Treatise on elephants
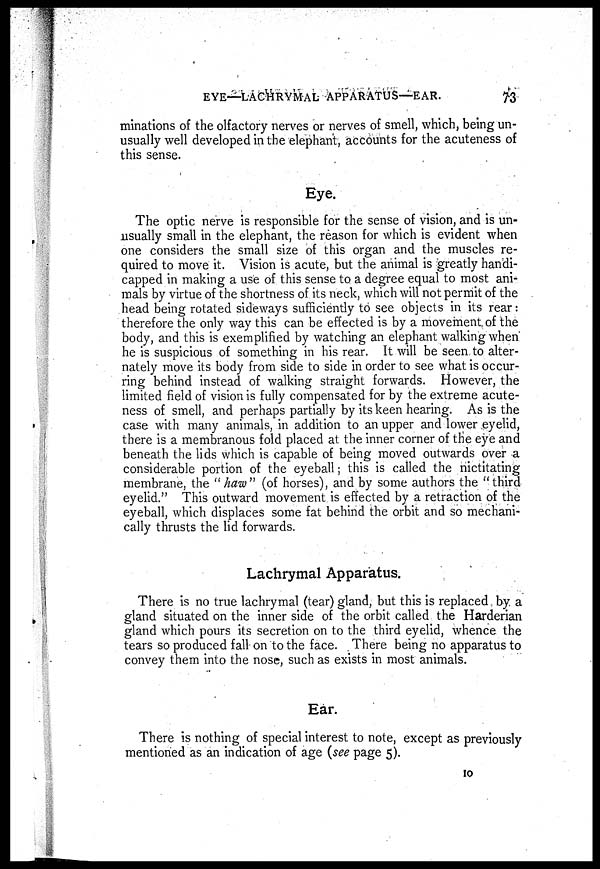
EYE—LACHRYMAL APPARATUS—EAR.
73
minations of the olfactory nerves or nerves of smell, which, being un-
usually well developed in the elephant, accounts for the acuteness of
this sense.
Eye.
The optic nerve is responsible for the sense of vision, and is un-
usually small in the elephant, the reason for which is evident when
one considers the small size of this organ and the muscles re-
quired to move it. Vision is acute, but the animal is greatly handi-
capped in making a use of this sense to a degree equal to most ani-
mals by virtue of the shortness of its neck, which will not permit of the
head being rotated sideways sufficiently to see objects in its rear:
therefore the only way this can be effected is by a movement of the
body, and this is exemplified by watching an elephant walking when
he is suspicious of something in his rear. It will be seen to alter-
nately move its body from side to side in order to see what is occur-
ring behind instead of walking straight forwards. However, the
limited field of vision is fully compensated for by the extreme acute-
ness of smell, and perhaps partially by its keen hearing. As is the
case with many animals, in addition to an upper and lower eyelid,
there is a membranous fold placed at the inner corner of the eye and
beneath the lids which is capable of being moved outwards over a
considerable portion of the eyeball; this is called the nictitating
membrane, the "haw" (of horses), and by some authors the "third
eyelid." This outward movement is effected by a retraction of the
eyeball, which displaces some fat behind the orbit and so mechani-
cally thrusts the lid forwards.
Lachrymal Apparatus.
There is no true lachrymal (tear) gland, but this is replaced by. a
gland situated on the inner side of the orbit called the Harderian
gland which pours its secretion on to the third eyelid, whence the
tears so produced fall on to the face. There being no apparatus to
convey them into the nose, such as exists in most animals.
Ear.
There is nothing of special interest to note, except as previously
mentioned as an indication of age (see page 5).
10